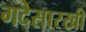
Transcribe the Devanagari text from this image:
गदेसारखी